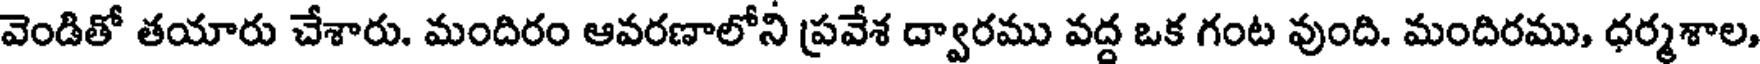
వెండితో తయారు చేశారు. మందిరం ఆవరణాలోని ప్రవేశ ద్వారము వద్ద ఒక గంట వుంది. మందిరము, ధర్మశాల,